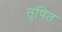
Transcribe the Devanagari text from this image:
तृषित